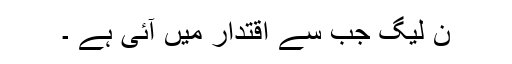
ن لیگ جب سے اقتدار میں آئی ہے ۔